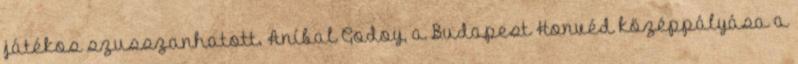
játékos szusszanhatott. Aníbal Godoy, a Budapest Honvéd középpályása a